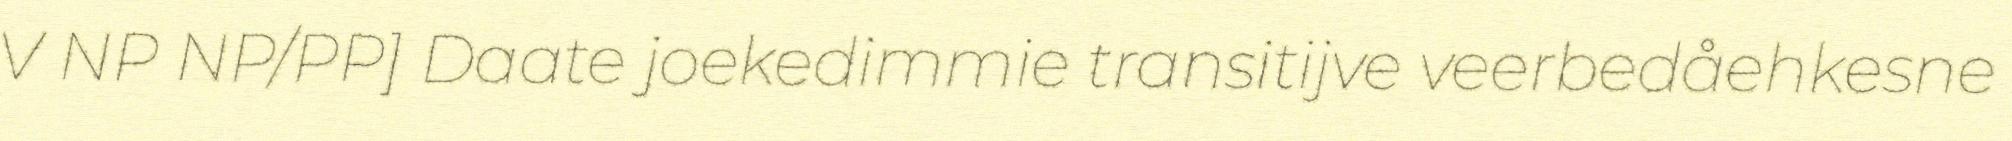
V NP NP/PP] Daate joekedimmie transitijve veerbedåehkesne